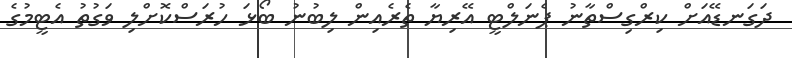
ދަގަނޑޭއަށް ކިރްގިސްތާނު ޕެނަލްޓީ އޭރިޔާ ތެރެއިން ލިބުނު ބޯޅަ ހުރަސްކޮށްލި ވަގުތު އެޓީމުގެ